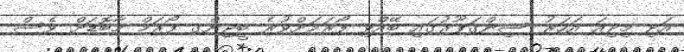
އަދި މިދިއަ އަހަރު ސިންގަޕޫރުގައި ބޭއްވި ފޯރަމަށްވުރެ ބީޖިންގ ފޯރަމް މާބޮޑަށް ވެސް